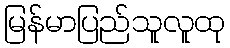
မြန်မာပြည်သူလူထု